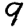
Digit: 9